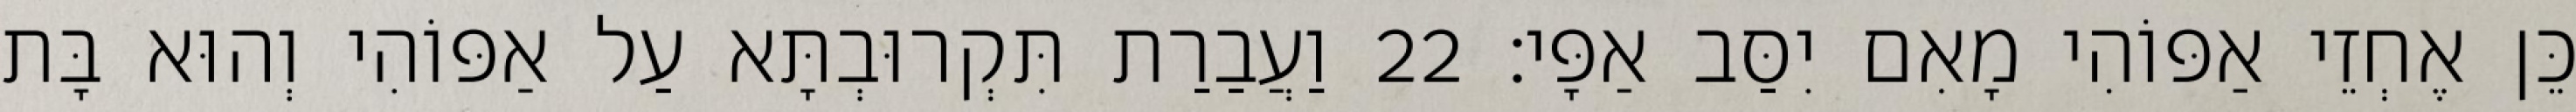
כֵּן אֶחְזֵי אַפּוֹהִי מָאִם יִסַּב אַפָּי׃ 22 וַעֲבַרַת תִּקְרוּבְתָּא עַל אַפּוֹהִי וְהוּא בָּת